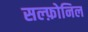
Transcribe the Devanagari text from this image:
सल्फ़ोनिल